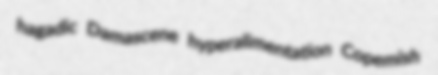
hagadic Damascene hyperalimentation Copemish